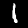
Label: 1